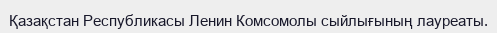
Қазақстан Республикасы Ленин Комсомолы сыйлығының лауреаты.